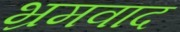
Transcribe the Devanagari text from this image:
भ्रमवाद